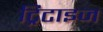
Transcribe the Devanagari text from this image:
ट्रिटाइज